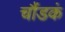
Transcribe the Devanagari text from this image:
चौंडकं